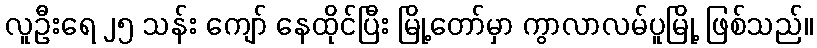
လူဦးရေ ၂၅ သန်း ကျော် နေထိုင်ပြီး မြို့တော်မှာ ကွာလာလမ်ပူမြို့ ဖြစ်သည်။